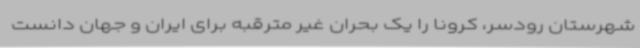
شهرستان رودسر، کرونا را یک بحران غیر مترقبه برای ایران و جهان دانست